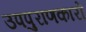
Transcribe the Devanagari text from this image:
उपपुराणकारों